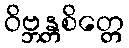
ဝိဗ္ဘန္တစိတ္တေ